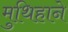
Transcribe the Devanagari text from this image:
मुथिहाने